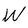
Character: W